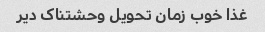
غذا خوب زمان تحویل وحشتناک دیر